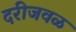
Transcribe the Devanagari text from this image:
दरीजवळ